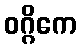
ဝဂ္ဂိကေ